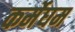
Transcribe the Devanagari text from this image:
कर्मेघम